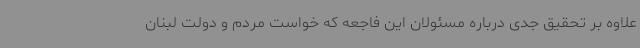
علاوه بر تحقیق جدی درباره مسئولان این فاجعه که خواست مردم و دولت لبنان